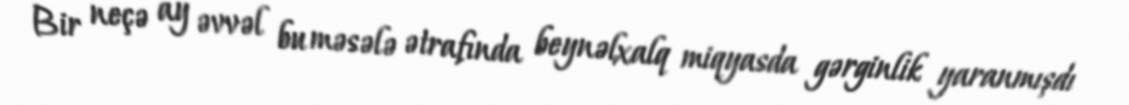
Bir neçə ay əvvəl bu məsələ ətrafında beynəlxalq miqyasda gərginlik yaranmışdı